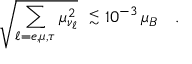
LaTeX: \sqrt { \sum _ { \ell = e , \mu , \tau } \mu _ { \nu _ { \ell } } ^ { 2 } } \ \stackrel { < } { _ \sim } 1 0 ^ { - 3 } \, \mu _ { B } \ \ \ .